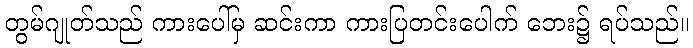
တွမ်ဂျုတ်သည် ကားပေါ်မှ ဆင်းကာ ကားပြတင်းပေါက် ဘေး၌ ရပ်သည်။